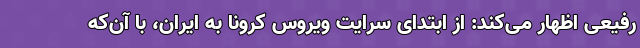
رفیعی اظهار می‌کند: از ابتدای سرایت ویروس کرونا به ایران، با آن‌که